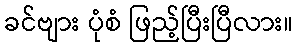
ခင်ဗျား ပုံစံ ဖြည့်ပြီးပြီလား။